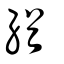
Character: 緧